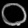
Digit: ၀